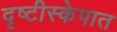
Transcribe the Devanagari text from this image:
दृष्टीस्केपात